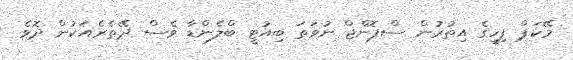
މޭކަޕް ފިހީގެ އިތުރުން ސްޕޮންޖް ނުވަތަ ބިއުޓީ ބްލެންޑާ ވެސް ދޭތެރެއަކުން ދޮވެ